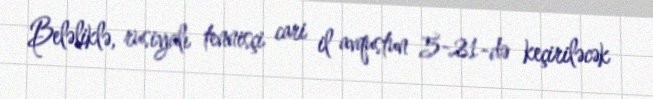
Beləliklə, rusiyalı tennisçi cari il avqustun 5-21-də keçiriləcək